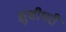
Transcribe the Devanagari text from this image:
ख़ुशीभरी